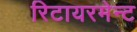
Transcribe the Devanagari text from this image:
रिटायरमेन्ट